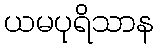
ယမပုရိသာန